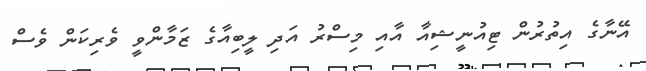
އޭނާގެ އިތުރުން ޓިއުނީޝިއާ އާއި މިސްރު އަދި ލީބިއާގެ ޒަމާންވީ ވެރިކަން ވެސް